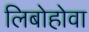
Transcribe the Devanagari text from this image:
लिबोहोवा